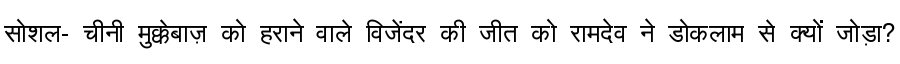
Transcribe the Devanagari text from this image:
सोशल- चीनी मुक्केबाज़ को हराने वाले विजेंदर की जीत को रामदेव ने डोकलाम से क्यों जोड़ा?